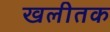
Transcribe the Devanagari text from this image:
खलीतक